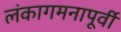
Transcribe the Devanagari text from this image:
लंकागमनापूर्वी